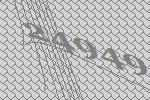
24949